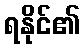
ရနိုင်၏